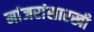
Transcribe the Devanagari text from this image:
मांजरांसारखी